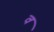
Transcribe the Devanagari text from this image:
व